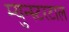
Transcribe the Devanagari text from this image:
म्युन्स्टरटाल